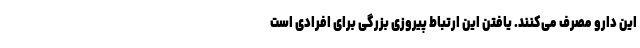
این دارو مصرف می‌کنند. یافتن این ارتباط پیروزی بزرگی برای افرادی است